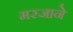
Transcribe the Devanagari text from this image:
मरजाने